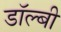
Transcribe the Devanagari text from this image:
डाॅल्बी